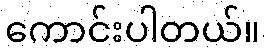
ကောင်းပါတယ်။